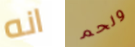
انه ولحم